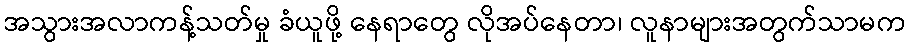
အသွားအလာကန့်သတ်မှု ခံယူဖို့ နေရာတွေ လိုအပ်နေတာ၊ လူနာများအတွက်သာမက